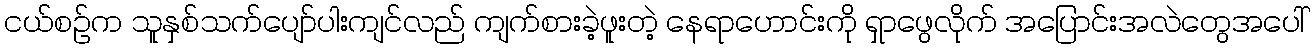
ငယ်စဉ်က သူနှစ်သက်ပျော်ပါးကျင်လည် ကျက်စားခဲ့ဖူးတဲ့ နေရာဟောင်းကို ရှာဖွေလိုက် အပြောင်းအလဲတွေအပေါ်